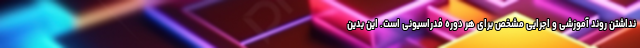
نداشتن روند آموزشی و اجرایی مشخص برای هر دوره فدراسیونی است. این بدین